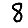
Digit: 8